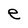
Character: e